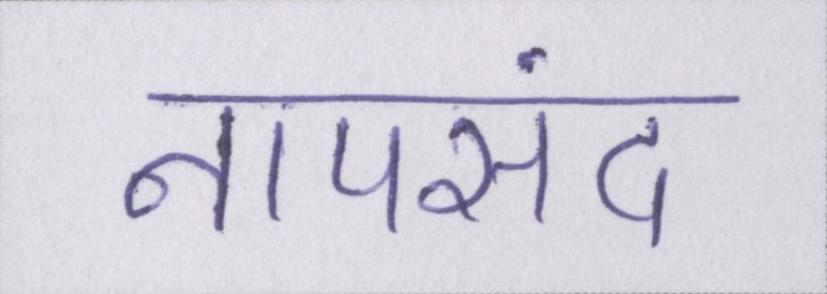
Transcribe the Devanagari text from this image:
नापसंद